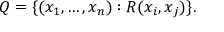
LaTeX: Q = \{ ( x _ { 1 } , \ldots , x _ { n } ) : R ( x _ { i } , x _ { j } ) \} .